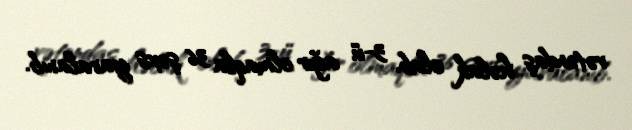
vətəndaş həlak olub, 3-ü ağır olmaqla 36 şəxs yaralanıb.